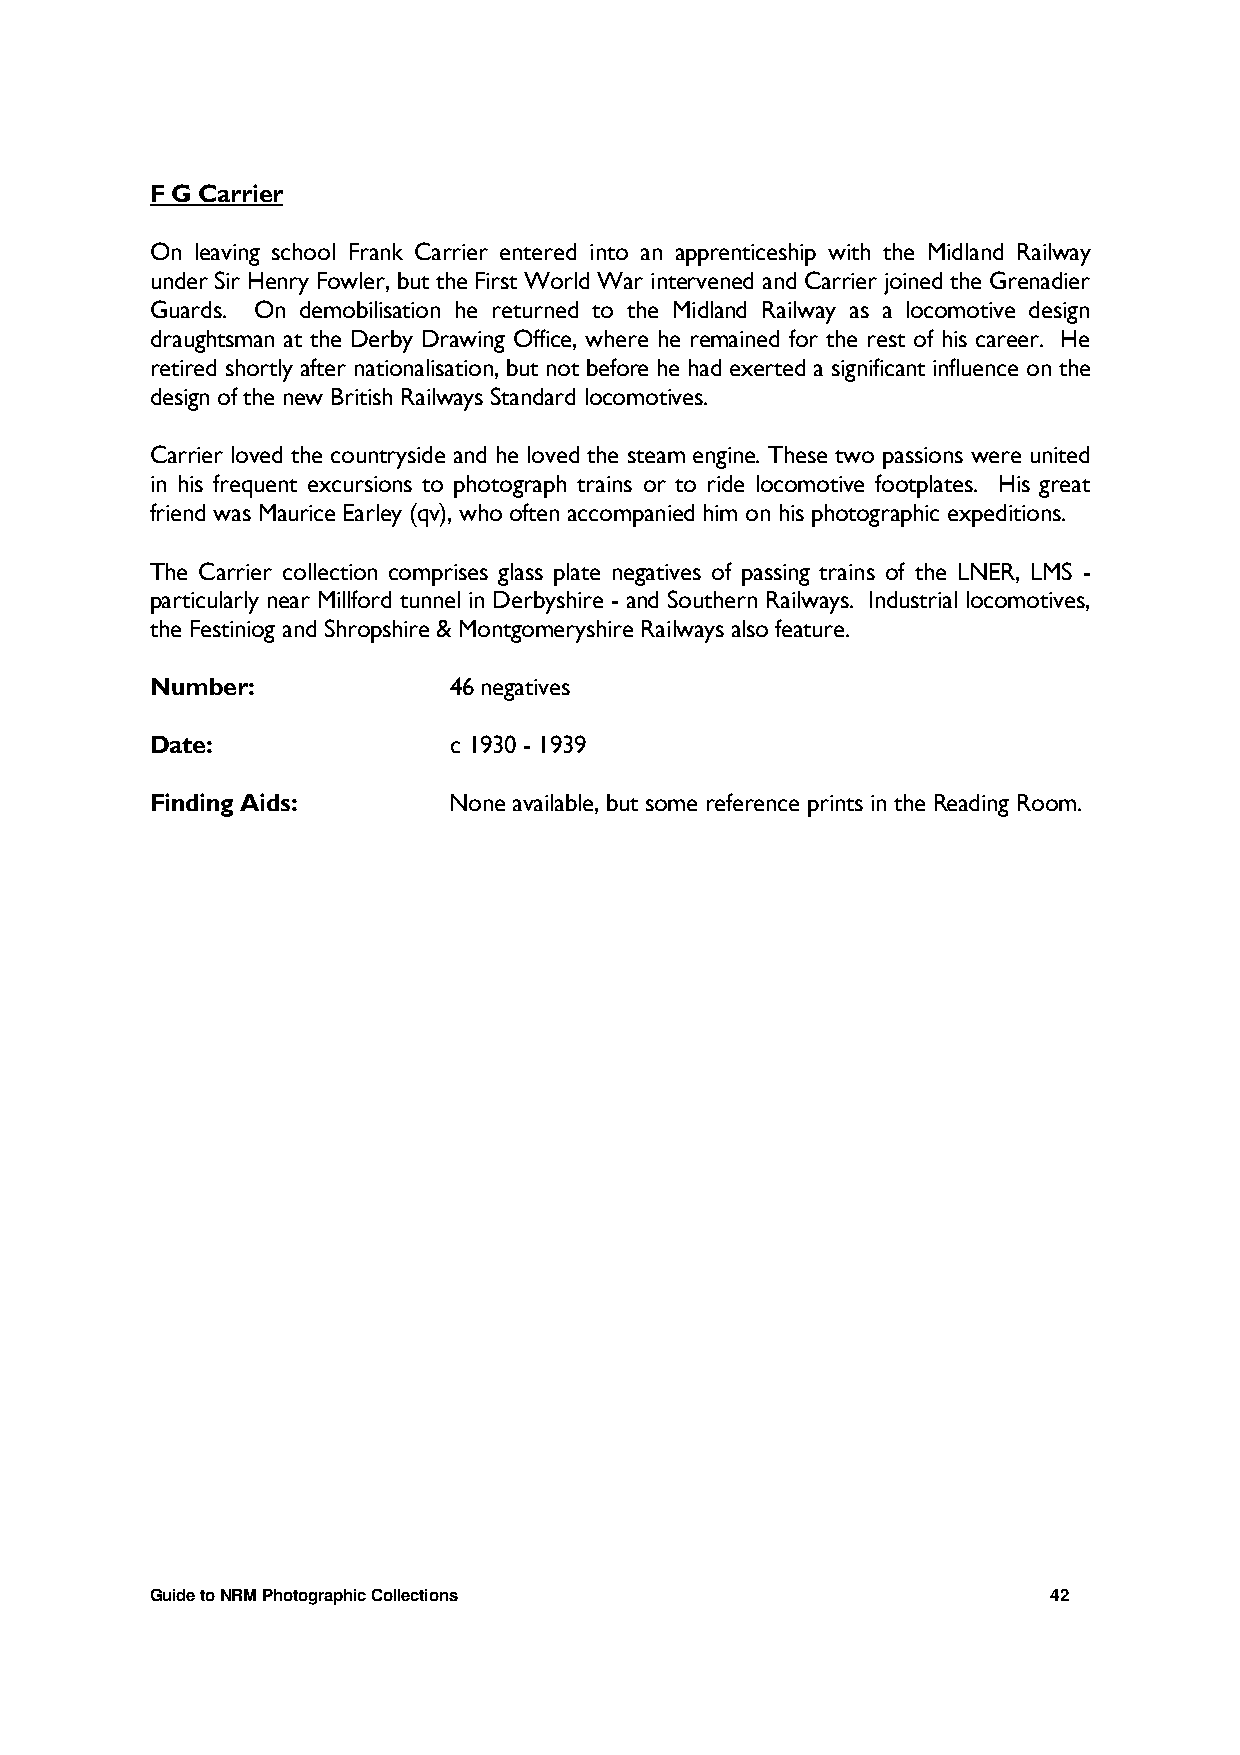
F G Carrier
 On leaving school Frank Carrier entered into an apprenticeship with the Midland Railway
 under Sir Henry Fowler, but the First World War intervened and Carrier joined the Grenadier
 Guards. On demobilisation he returned to the Midland Railway as a locomotive design
 draughtsman at the Derby Drawing Office, where he remained for the rest of his career. He
 retired shortly after nationalisation, but not before he had exerted a significant influence on the
 design of the new British Railways Standard locomotives.
 Carrier loved the countryside and he loved the steam engine. These two passions were united
 in his frequent excursions to photograph trains or to ride locomotive footplates. His great
 friend was Maurice Earley (qv), who often accompanied him on his photographic expeditions.
 The Carrier collection comprises glass plate negatives of passing trains of the LNER, LMS -
 particularly near Millford tunnel in Derbyshire - and Southern Railways. Industrial locomotives,
 the Festiniog and Shropshire & Montgomeryshire Railways also feature.
 Number:             46 negatives
 Date:               c 1930 - 1939
 Finding Aids:       None available, but some reference prints in the Reading Room.
 Guide to NRM Photographic Collections                       42